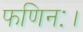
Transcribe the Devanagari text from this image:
फणिनः।